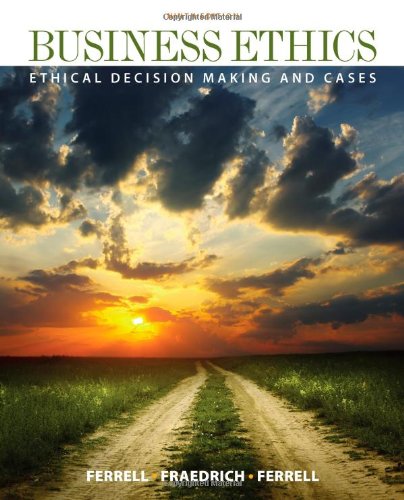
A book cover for Business Ethics: Ethical Decision Making & Cases; O. C. Ferrell; Business & Money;